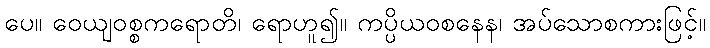
ပေ။ ဝေယျဝစ္စကရောတိ၊ ရောဟူ၍။ ကပ္ပိယဝစနေန၊ အပ်သောစကားဖြင့်။